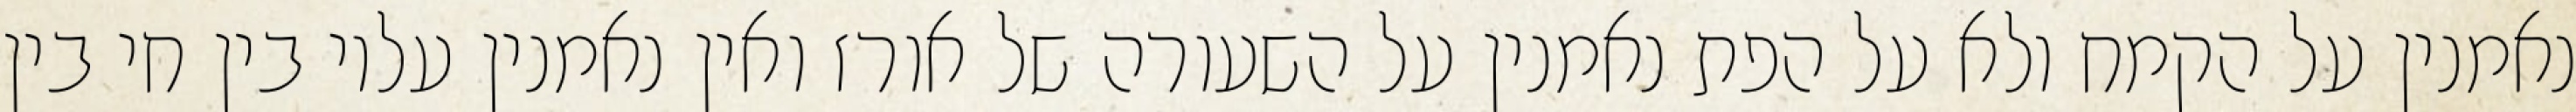
נאמנין על הקמח ולא על הפת נאמנין על השעורה של אורז ואין נאמנין עליו בין חי בין